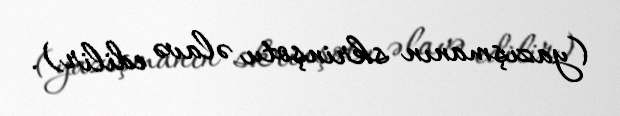
(yazışmanın skrinşotu əlavə edilir).